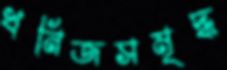
খনিজসমৃদ্ধ